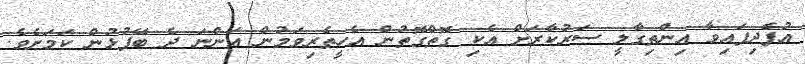
އުފެދިފައިވާ އިންތިގާލީ ސަރުކާރަށް އެކި ގޮތްގޮތުން އެހީތެރިވަމުން އަންނަ ދެ ބޭފުޅުން ކަމަށެވެ.